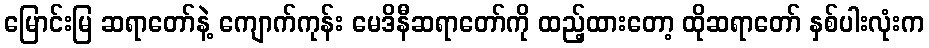
မြောင်းမြ ဆရာတော်နဲ့ ကျောက်ကုန်း မေဒိနီဆရာတော်ကို ထည့်ထားတော့ ထိုဆရာတော် နှစ်ပါးလုံးက